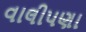
વાલીપણા